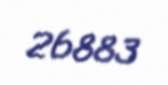
26883